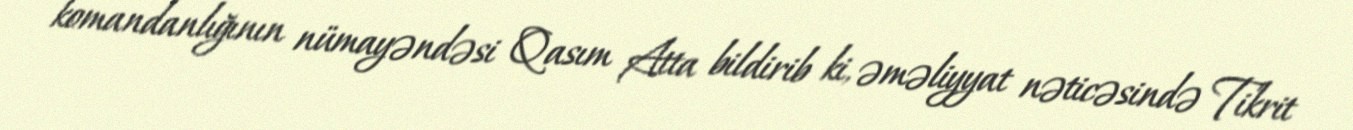
komandanlığının nümayəndəsi Qasım Atta bildirib ki, əməliyyat nəticəsində Tikrit